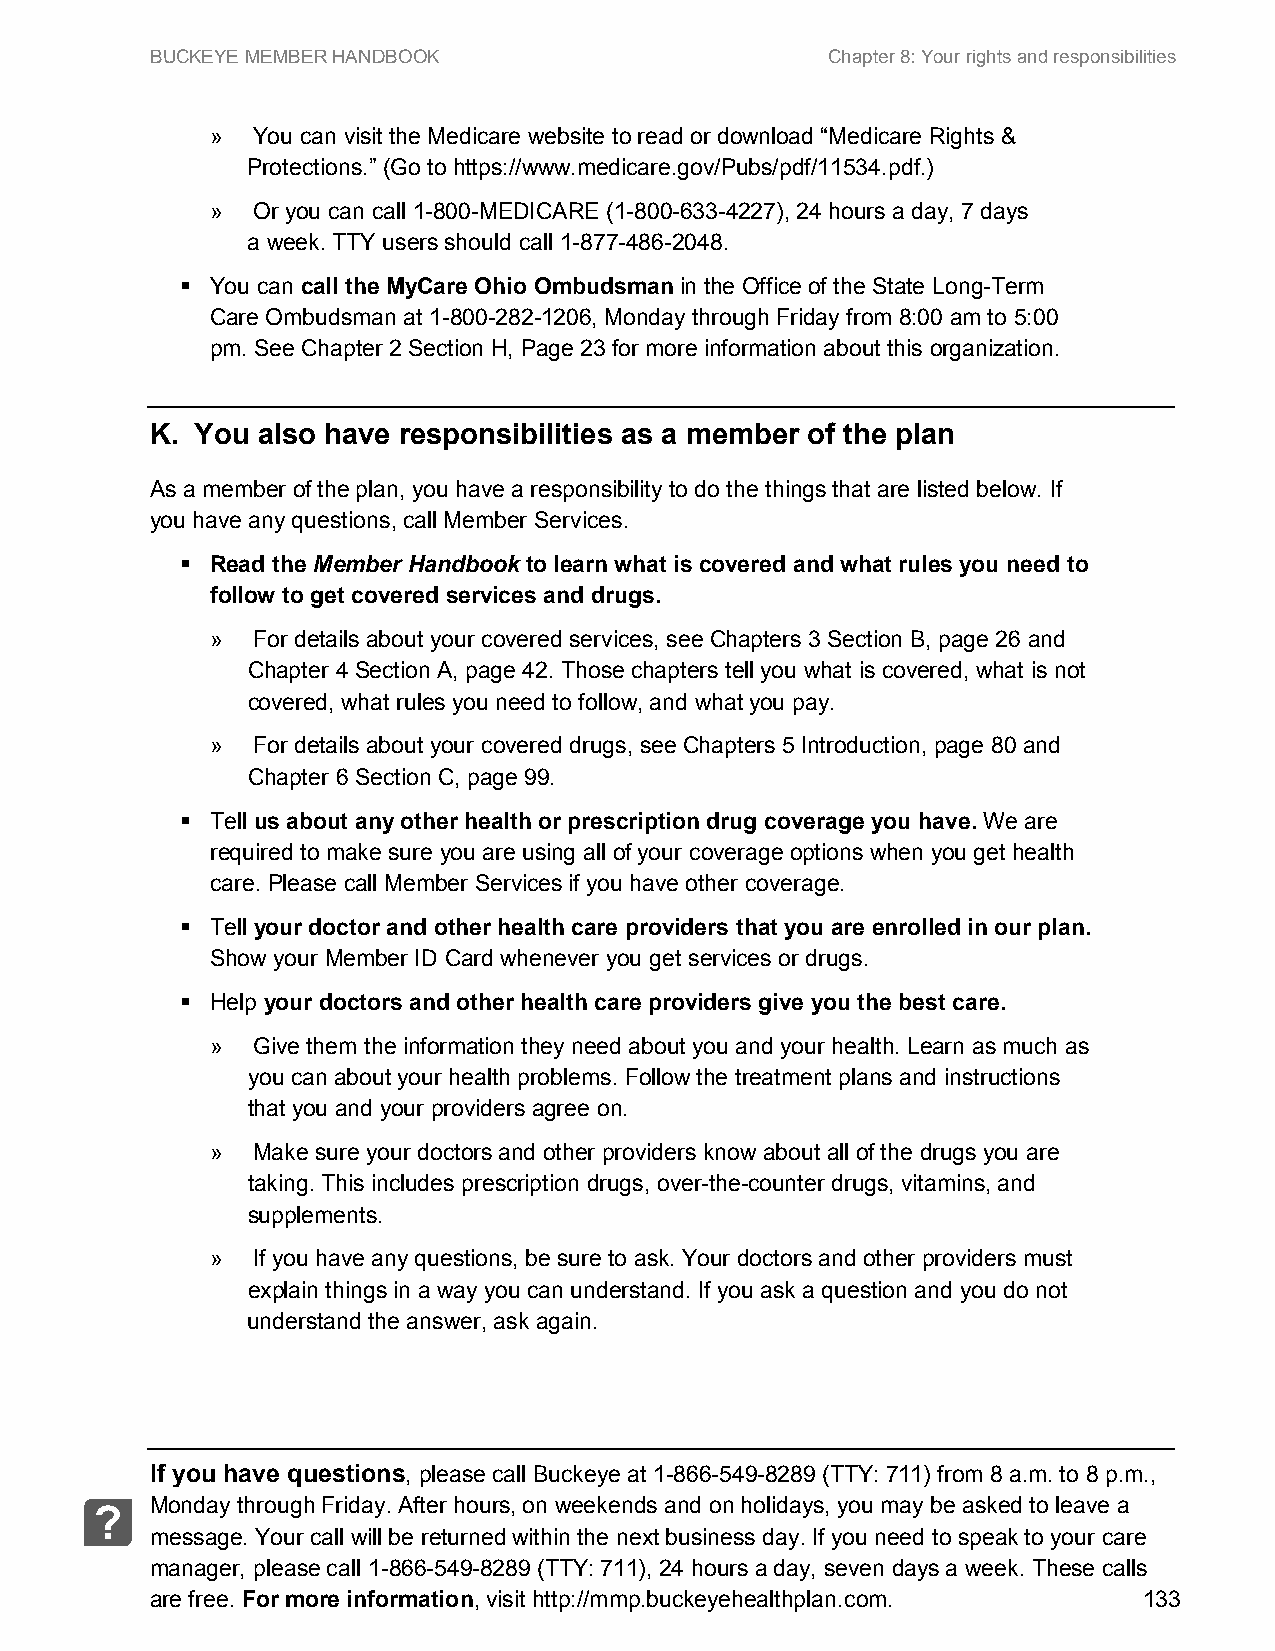
BUCKEYE MEMBER HANDBOOK                      Chapter 8: Your rights and responsibilities
 »  You can visit the Medicare website to read or download “Medicare Rights &
 Protections.” (Go to https://www.medicare.gov/Pubs/pdf/11534.pdf.)
 »  Or you can call 1-800-MEDICARE (1-800-633-4227), 24 hours a day, 7 days
 a week. TTY users should call 1-877-486-2048.
  You can call the MyCare Ohio Ombudsman in the Office of the State Long-Term
 Care Ombudsman at 1-800-282-1206, Monday through Friday from 8:00 am to 5:00
 pm. See Chapter 2 Section H, Page 23 for more information about this organization.
 K. You also have responsibilities as a member of the plan
 As a member of the plan, you have a responsibility to do the things that are listed below. If
 you have any questions, call Member Services.
  Read the Member Handbook to learn what is covered and what rules you need to
 follow to get covered services and drugs.
 »  For details about your covered services, see Chapters 3 Section B, page 26 and
 Chapter 4 Section A, page 42. Those chapters tell you what is covered, what is not
 covered, what rules you need to follow, and what you pay.
 »  For details about your covered drugs, see Chapters 5 Introduction, page 80 and
 Chapter 6 Section C, page 99.
  Tell us about any other health or prescription drug coverage you have. We are
 required to make sure you are using all of your coverage options when you get health
 care. Please call Member Services if you have other coverage.
  Tell your doctor and other health care providers that you are enrolled in our plan.
 Show your Member ID Card whenever you get services or drugs.
  Help your doctors and other health care providers give you the best care.
 »  Give them the information they need about you and your health. Learn as much as
 you can about your health problems. Follow the treatment plans and instructions
 that you and your providers agree on.
 »  Make sure your doctors and other providers know about all of the drugs you are
 taking. This includes prescription drugs, over-the-counter drugs, vitamins, and
 supplements.
 »  If you have any questions, be sure to ask. Your doctors and other providers must
 explain things in a way you can understand. If you ask a question and you do not
 understand the answer, ask again.
 If you have questions, please call Buckeye at 1-866-549-8289 (TTY: 711) from 8 a.m. to 8 p.m.,
 Monday through Friday. After hours, on weekends and on holidays, you may be asked to leave a
 ?
 message. Your call will be returned within the next business day. If you need to speak to your care
 manager, please call 1-866-549-8289 (TTY: 711), 24 hours a day, seven days a week. These calls
 are free. For more information, visit http://mmp.buckeyehealthplan.com. 133